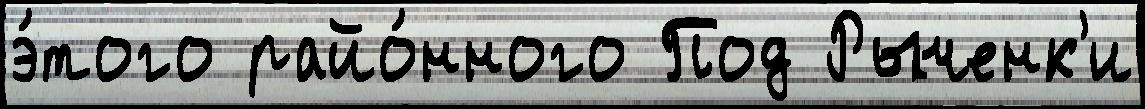
э́того райо́нного Под Рыченк'и